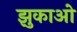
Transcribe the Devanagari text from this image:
झुकाओ